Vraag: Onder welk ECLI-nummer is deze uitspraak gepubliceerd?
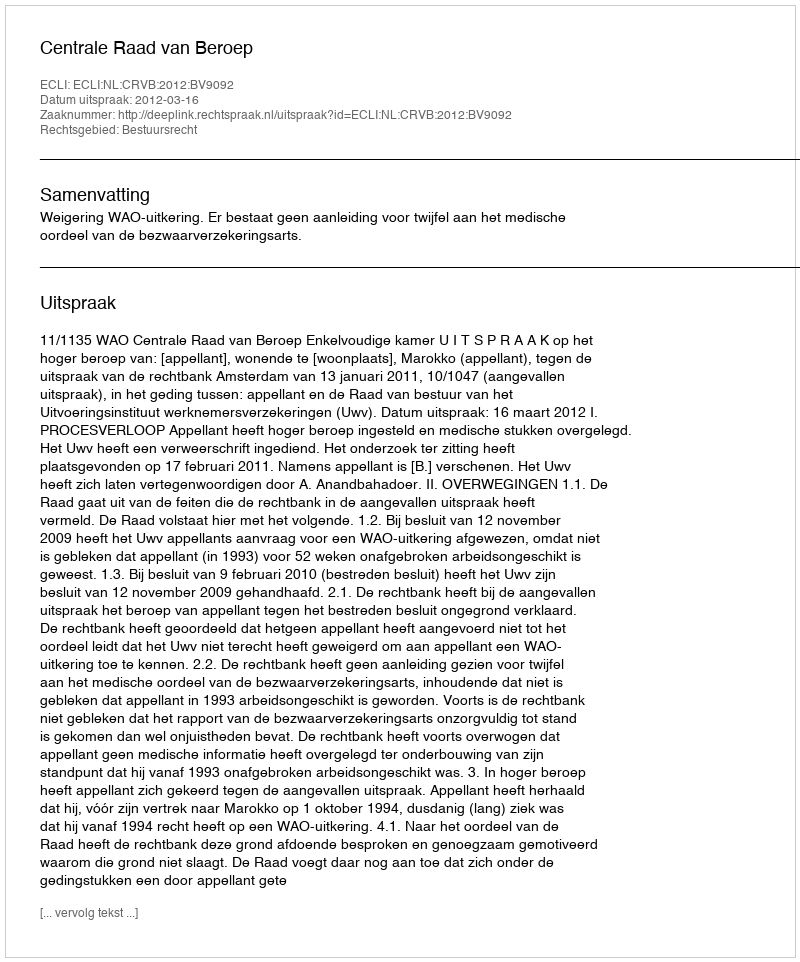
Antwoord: ECLI:NL:CRVB:2012:BV9092